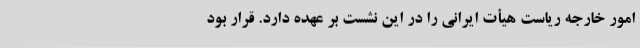
امور خارجه ریاست هیأت ایرانی را در این نشست بر عهده دارد. قرار بود